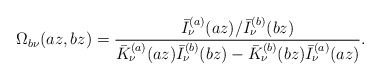
\begin{align*}\Omega _{b\nu }(az,bz)=\frac{\bar{I}_{\nu }^{(a)}(az)/\bar{I}_{\nu}^{(b)}(bz)}{\bar{K}_{\nu }^{(a)}(az)\bar{I}_{\nu }^{(b)}(bz)-\bar{K}_{\nu}^{(b)}(bz)\bar{I}_{\nu }^{(a)}(az)}. \end{align*}